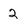
Character: 2